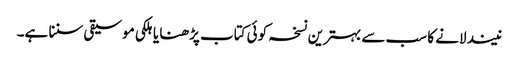
نیند لانے کا سب سے بہترین نسخہ کوئی کتاب پڑھنا یا ہلکی موسیقی سننا ہے۔